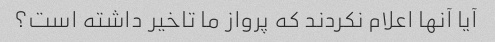
آیا آنها اعلام نکردند که پرواز ما تاخیر داشته است؟